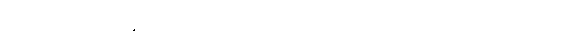
အခုပုံအတိုင်းဆိုရင် ကျုပ်တို့တော့ အလုပ်ပြုတ်တော့မှာပဲ စလင်း